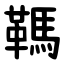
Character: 䩻